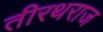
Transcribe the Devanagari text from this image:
तीरथराज